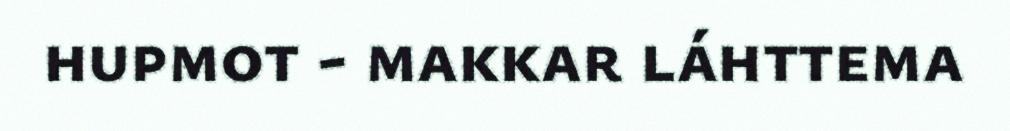
hupmot - makkar láhttema